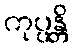
ကုပ္ပန္တိ